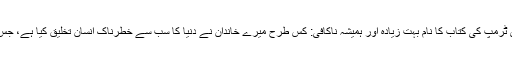
برطانوی نشریاتی ادارے بی بی سی کی رپورٹ کے مطابق میری ٹرمپ کی کتاب کا نام بہت زیادہ اور ہمیشہ ناکافی: کس طرح میرے خاندان نے دنیا کا سب سے خطرناک انسان تخلیق کیا ہے، جس میں وہ اپنے چچا کو ایک دھوکے باز اور بدمعاش قرار دیتی ہیں۔